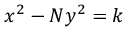
x ^ { 2 } - N y ^ { 2 } = k